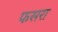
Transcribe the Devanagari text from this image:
फसरा